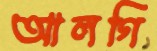
আলগি